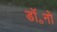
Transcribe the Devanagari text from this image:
डॉ॰नो